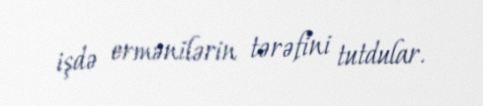
işdə ermənilərin tərəfini tutdular.